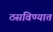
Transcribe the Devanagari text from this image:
ठसविण्यात